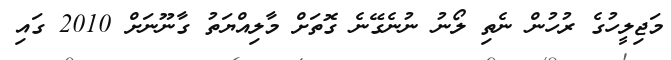
މަޖިލީހުގެ ރުހުން ނެތި ލޯނު ނުނެގޭނެ ގޮތަށް މާލިއްޔަތު ގާނޫނަށް 2010 ގައި